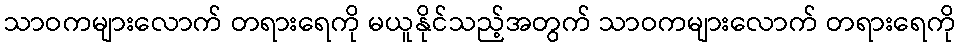
သာဝကများလောက် တရားရေကို မယူနိုင်သည့်အတွက် သာဝကများလောက် တရားရေကို